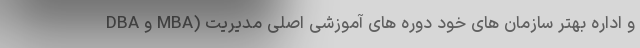
و اداره بهتر سازمان های خود دوره های آموزشی اصلی مدیریت (MBA و DBA